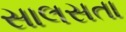
સાલસતા